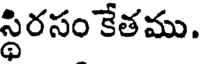
స్థిరసం కేతము.